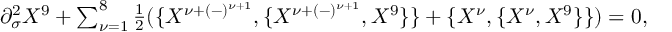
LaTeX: \begin{array} { l c r } { { \partial _ { \sigma } ^ { 2 } X ^ { 9 } + \sum _ { \nu = 1 } ^ { 8 } { \frac { 1 } { 2 } } ( \{ X ^ { \nu + ( - ) ^ { \nu + 1 } } , \{ X ^ { \nu + ( - ) ^ { \nu + 1 } } , X ^ { 9 } \} \} + \{ X ^ { \nu } , \{ X ^ { \nu } , X ^ { 9 } \} \} ) = 0 , } } \end{array}